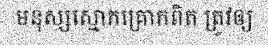
មនុស្សស្មោកគ្រោកពិត ត្រូវឲ្យ